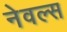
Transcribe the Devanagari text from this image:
नेवल्स